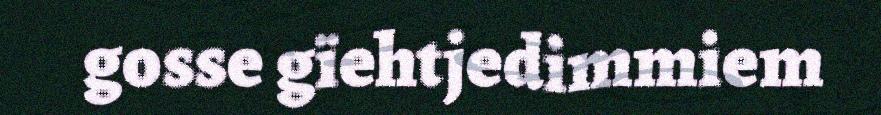
gosse gïehtjedimmiem